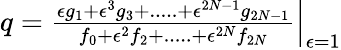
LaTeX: \begin{array}{r}{q=\frac{\epsilon g_{1}+\epsilon^{3}g_{3}+.....+\epsilon^{2N-1}g_{2N-1}}{f_{0}+\epsilon^{2}f_{2}+.....+\epsilon^{2N}f_{2N}}\Big|_{\epsilon=1}}\end{array}